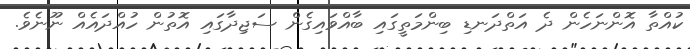
ކުއްތާ އޮންނަހެން ދެ އަތްދަނޑި ބިންމަތީގައި ބާއްވައިގެން ސަޖިދާގައި އޮތުން ހުއްދައެއް ނޫނެވެ.